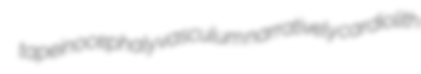
tapeinocephaly vasculum narratively cardiolith